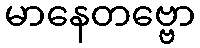
မာနေတဗ္ဗော